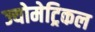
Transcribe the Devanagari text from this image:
ज्योमेट्रिकल